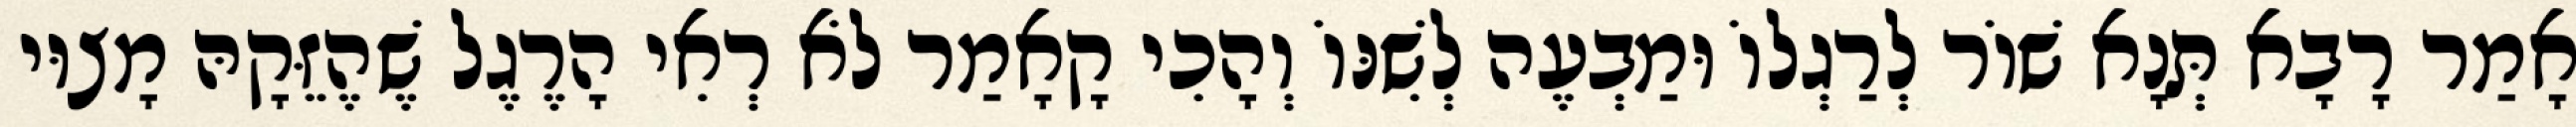
אָמַר רָבָא תְּנָא שׁוֹר לְרַגְלוֹ וּמַבְעֶה לְשִׁנּוֹ וְהָכִי קָאָמַר לֹא רְאִי הָרֶגֶל שֶׁהֶזֵּקָהּ מָצוּי